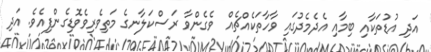
އަދި އުޑުތަކާއި ބިމާއި އެދެމެދުގައި ވާހާތަކެއްޗެއް  ވެގެންވާ ރަސްކަލާނގެ މަތިވެރިވެވޮޑިގެންފިއެވެ. އަދި